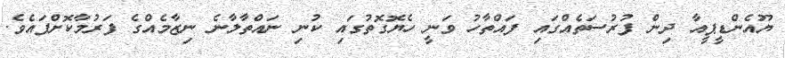
ޔޫއެންޑީޕީއާ ދިން ފުރުސަތެއްގައި ފައްތާހު ވަނީ ހެޔޮގޮތުގައި ކުނި ނައްތާލާނެ ނިޒާމެއްގެ ފަރުމާކޮށްފައެވެ.